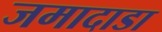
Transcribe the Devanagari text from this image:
जमादाडा